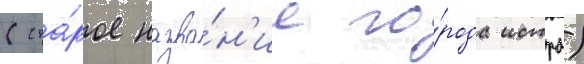
(ста́рое назва́н'ие го́рода истра)